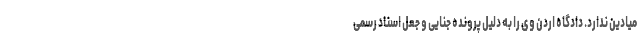
میادین ندارد. دادگاه اردن وی را به دلیل پرونده جنایی و جعل اسناد رسمی